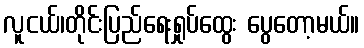
လူငယ်၊တိုင်းပြည်ရေးရှုပ်ထွေး ပွေတော့မယ်။